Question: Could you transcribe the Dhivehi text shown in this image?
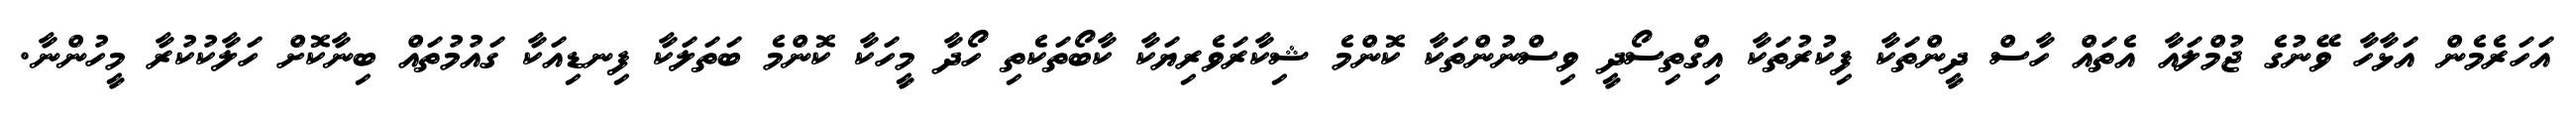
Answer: އަހަރެމެން އަޅާހާ ވޭނުގެ ޖުމްލައާ އެތައް ހާސް ދީންތަކާ ފިކުރުތަކާ އިގްތިސޯދީ ވިސްނުންތަކާ ކޮންމެ ޝިކާރަވެރިޔަކާ ކާބޯތަކެތި ހޯދާ މީހަކާ ކޮންމެ ބަތަލަކާ ފިނޑިއަކާ ގައުމުތައް ބިނާކޮށް ހަލާކުކުރާ މީހުންނާ.